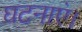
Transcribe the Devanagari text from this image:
घटनाएं।